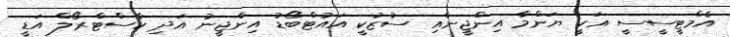
އެމްޓީސީސީ އަކީ ޔަންމާ އިންޖީނާއި ސުޒުކީ އައުޓްބޯޑު އިންޖީނު އަދި ކާސްޓްރޯލް އަޑީ